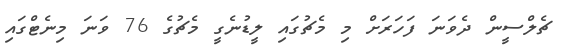
ޗެލްސީން ދެވަނަ ފަހަރަށް މި މެޗުގައި ލީޑުނެގީ މެޗުގެ 76 ވަނަ މިނެޓްގައި